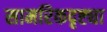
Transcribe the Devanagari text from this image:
सामरिकदृष्ट्या